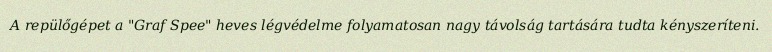
A repülőgépet a "Graf Spee" heves légvédelme folyamatosan nagy távolság tartására tudta kényszeríteni.